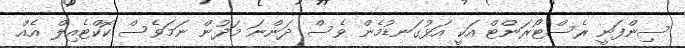
ސިންފަނީ ރެސްޓޯރަންޓް އަކީ އަޅުގަނޑުމެން ވެސް ދަންނަ މަދުން ނަމަވެސް ކޮކްޓެއިލް އެއް